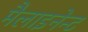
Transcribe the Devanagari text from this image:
मैलाइनेन्ट